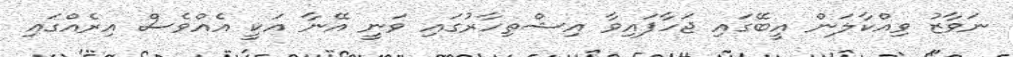
ނަވާޒު ވިއްކާލަން އީބޭގައި ޖަހާފައިވާ އިޝްތިހާރުގައި ވަނީ އޭނާ އަކީ އެއްވެސް އިރެއްގައި